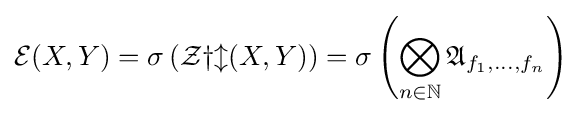
{\mathcal {E}}(X,Y)=\sigma \left({\mathcal {Zyl}}(X,Y)\right)=\sigma \left(\bigotimes _{n\in \mathbb {N} }{\mathfrak {A}}_{f_{1},\dots ,f_{n}}\right)